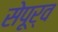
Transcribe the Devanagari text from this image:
सेपूर्व